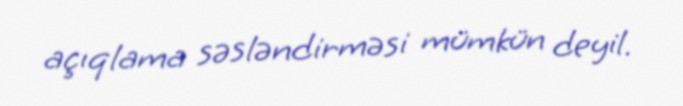
açıqlama səsləndirməsi mümkün deyil.